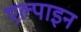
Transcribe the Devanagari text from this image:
एल्‍पाइन